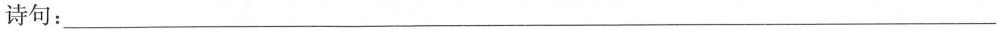
诗句：___